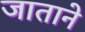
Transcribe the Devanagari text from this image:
जाताने